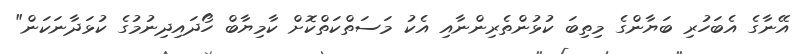
އޭނާގެ އެބަހުރި ބަޔާންގެ މިތިބަ ކުޅުންތެރިންނާއި އެކު މަސަތްކަތްކޮށް ކާމިޔާބް ހޯދައިދިނުމުގެ ކުޅަދާނަކަން"